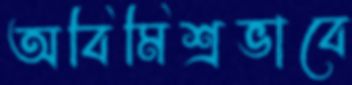
অবিমিশ্রভাবে